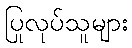
ပြုလုပ်သူများ